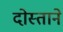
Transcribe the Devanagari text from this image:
दोस्ताने